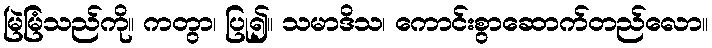
မြဲမြံသည်ကို။ ကတွာ၊ ပြု၍။ သမာဒိသ၊ ကောင်းစွာဆောက်တည်လော။